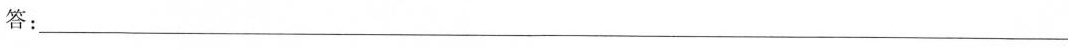
答:___